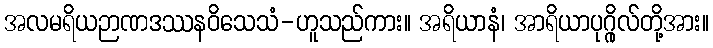
အလမရိယဉာဏဒဿနဝိသေသံ-ဟူသည်ကား။ အရိယာနံ၊ အာရိယာပုဂ္ဂိုလ်တို့အား။